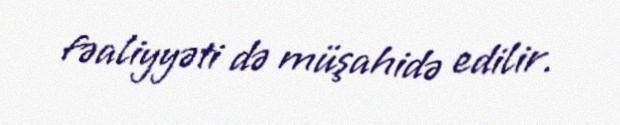
fəaliyyəti də müşahidə edilir.